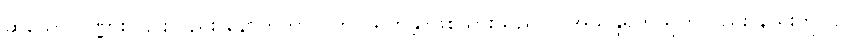
ဆဲသော ပုဏ္ဏား၊ ၎င်းလည်း နောက်ကာလတွင် ရဟန္တာဖြစ်သွားသည်။ ။(အသုန္ဒရိကသုတ်လည်း နည်းတူပင်။)